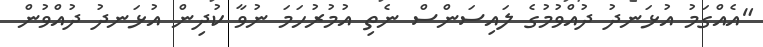
"އެއްގަމު އުޅަނދު ދުއްވުމުގެ ލައިސަންސް ނެތި އުމުރުހަމަ ނުވާ ކުދިން އުޅަނދު ދުއްވުން